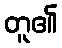
တူ၏